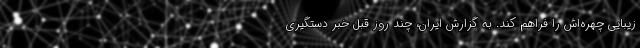
زیبایی چهره‌اش را فراهم کند. به گزارش ایران، چند روز قبل خبر دستگیری